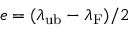
e = ( \lambda _ { \mathrm { u b } } - \lambda _ { \mathrm { F } } ) / 2